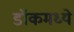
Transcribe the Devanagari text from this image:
डॉकमध्ये